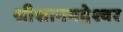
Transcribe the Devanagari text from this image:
श्रीशानभद्रेश्वर